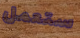
ستعمل